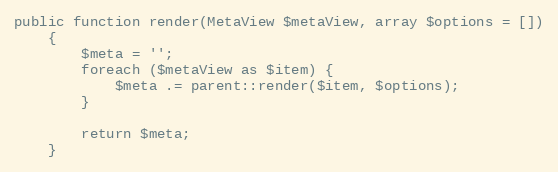
Language: PHP
public function render(MetaView $metaView, array $options = [])
    {
        $meta = '';
        foreach ($metaView as $item) {
            $meta .= parent::render($item, $options);
        }

        return $meta;
    }